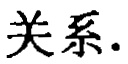
关系.